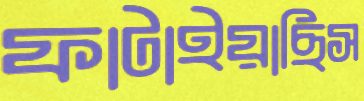
ফাটাইয়াছিস